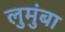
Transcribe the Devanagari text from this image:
लुमुंबा